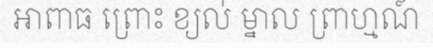
អាពាធ ព្រោះ ខ្យល់ ម្នាល ព្រាហ្មណ៍